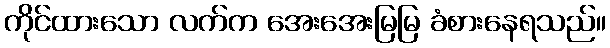
ကိုင်ထားသော လက်က အေးအေးမြမြ ခံစားနေရသည်။